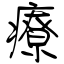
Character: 療